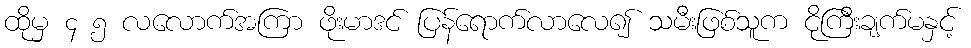
ထိုမှ ၄ ၅ လလောက်အကြာ ဖိုးမာဒင် ပြန်ရောက်လာလေ၍ သမီးဖြစ်သူက ငိုကြီးချက်မနှင့်